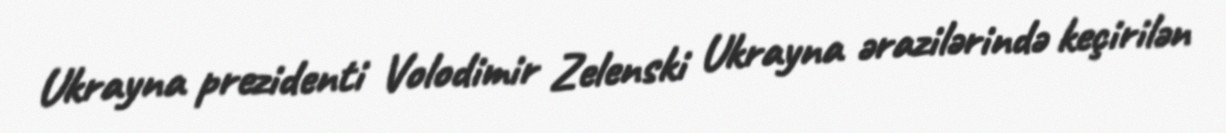
Ukrayna prezidenti Volodimir Zelenski Ukrayna ərazilərində keçirilən